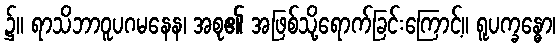
၌။ ရာသိဘာဝူပဂမနေန၊ အစု၏ အဖြစ်သို့ရောက်ခြင်းကြောင့်။ ရူပက္ခန္ဓော၊